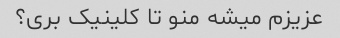
عزیزم میشه منو تا کلینیک بری؟